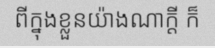
ពីក្នុងខ្លួនយ៉ាងណាក្តី ក៏